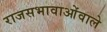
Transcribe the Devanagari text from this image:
राजसभावाओंवाले